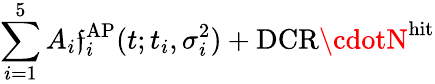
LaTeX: \sum_{i=1}^{5}{A_{i}\mathfrak{f}_{i}^{\mathrm{{AP}}}(t;t_{i},\sigma_{i}^{2})}+\mathrm{{DCR}}\cdotN^{\mathrm{{hit}}}